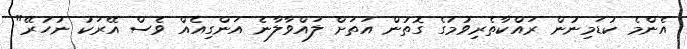
އެންމެ ކުޑަމިނުން ރައްކާތެރިވުމުގެ ގޮތުން އަތަށް ލައްވާލާނެ އަންގިއެއް ވެސް އޭރަކު ނުހުރޭ"